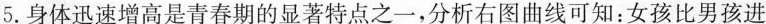
5.身体迅速增高是青春期的显著特点之一，分析右图曲线可知：女孩比男孩进